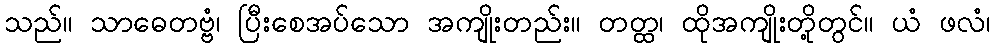
သည်။ သာဓေတဗ္ဗံ၊ ပြီးစေအပ်သော အကျိုးတည်း။ တတ္ထ၊ ထိုအကျိုးတို့တွင်။ ယံ ဖလံ၊